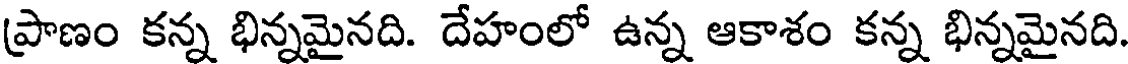
(పాణం కన్న భిన్నమైనది. దేహంలో ఉన్న ఆకాశం కన్న భిన్నమైనది.